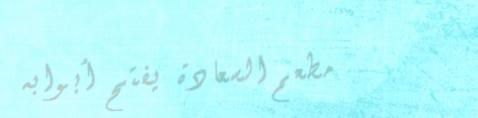
مطعم السعادة يفتح أبوابه